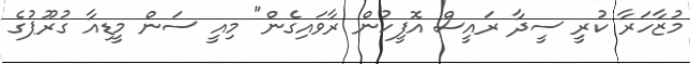
މުޒާހަރާ ކުރީ ސީދާ ރައީސް އޮފީހުން ރާވައިގެން" މިއީ ސަން މީޑިއާ ގުރޫޕުގެ